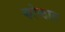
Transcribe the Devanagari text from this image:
कोष्ठात